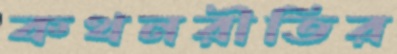
কথনরীতির